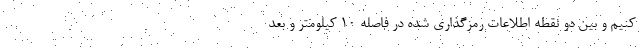
کنیم و بین دو نقطه اطلاعات رمزگذاری شده در فاصله ۱۰ کیلومتر و بعد